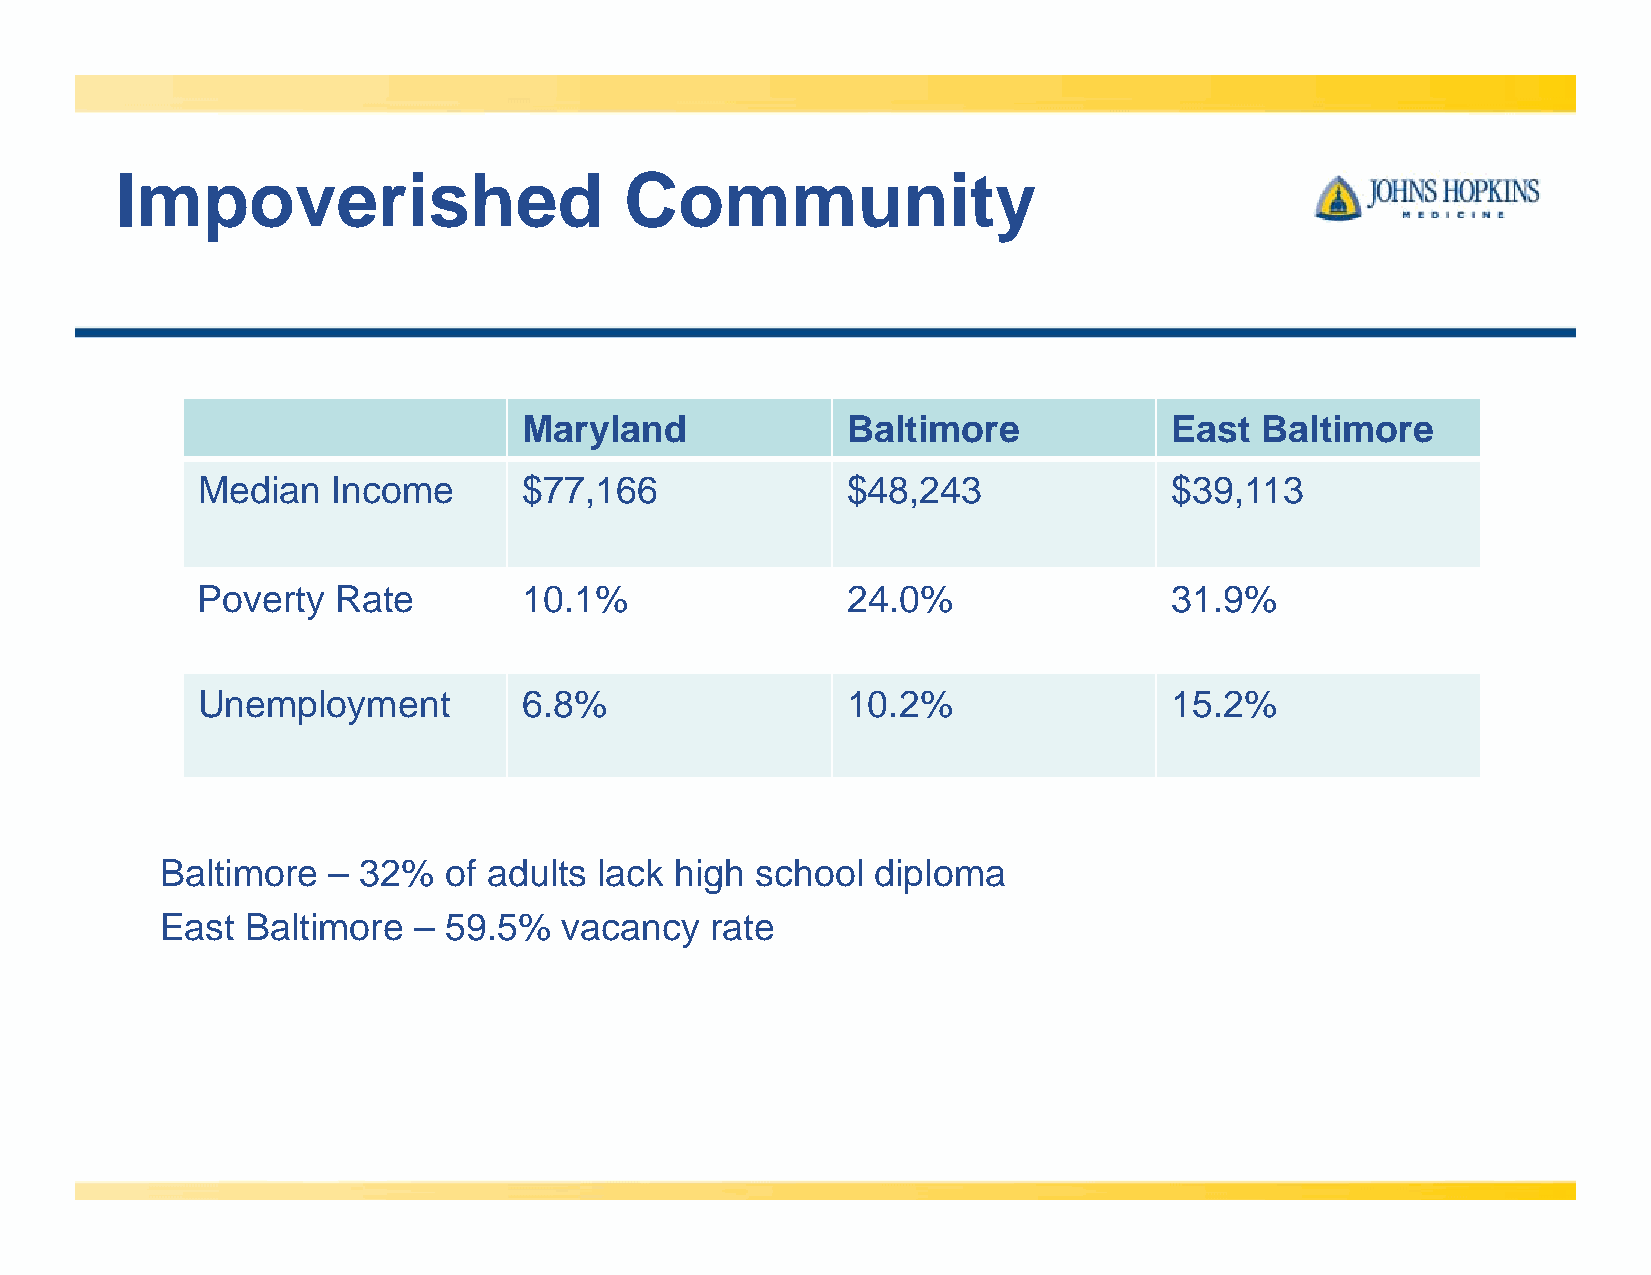
Impoverished                     Community
 Maryland             Baltimore             East Baltimore
 Median   Income       $77,166              $48,243               $39,113
 Poverty  Rate         10.1%                24.0%                 31.9%
 Unemployment          6.8%                 10.2%                 15.2%
 Baltimore  – 32%  of adults  lack high school  diploma
 East Baltimore  – 59.5%   vacancy   rate